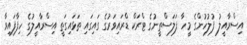
އިސްރާއީލު ފުލުހުންގެ މީހާ ފަލަސްތީނުގެ ޓްރަކް ޑްރައިވަރުގެ ގައިގައި ތަޅައިގަތީ އިސްރާއީލުގެ ހިފާފައިވާ